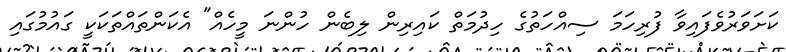
ކަށަވަރުވެފައިވާ ފުރިހަމަ ސިއްހަތުގެ ހިދުމަތް ކައިރިން ލިބެން ހުންނަ މީހެއް" އެކަންތައްތަކަކީ ގައުމުގައި